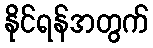
နိုင်ရန်အတွက်